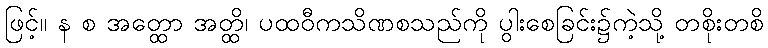
ဖြင့်။ န စ အတ္ထော အတ္ထိ၊ ပထဝီကသိဏစသည်ကို ပွါးစေခြင်း၌ကဲ့သို့ တစိုးတစိ